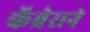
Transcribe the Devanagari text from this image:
कॅब्रेराने